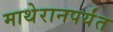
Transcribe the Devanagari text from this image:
माथेरानपर्यंत